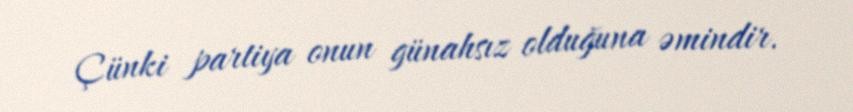
Çünki partiya onun günahsız olduğuna əmindir.